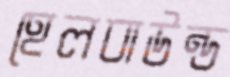
হেলবাউন্ড